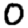
Digit: 0